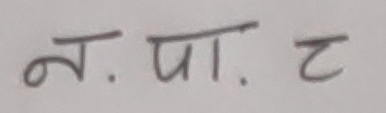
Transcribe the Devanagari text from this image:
न. पा. ट